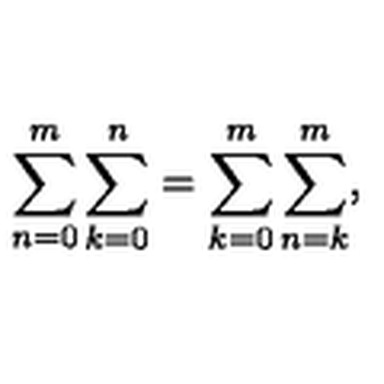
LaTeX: \sum _ { n = 0 } ^ { m } \sum _ { k = 0 } ^ { n } = \sum _ { k = 0 } ^ { m } \sum _ { n = k } ^ { m } ,